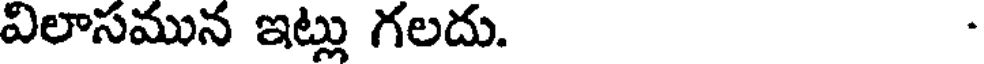
విలాసమున ఇట్లు గలదు. -